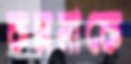
কল্পনাকে